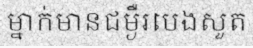
ម្នាក់មានជម្ងឺរបេងសួត